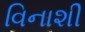
વિનાશી